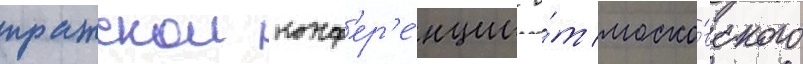
пражскои конф'ер'е́нции о́т моско́вского